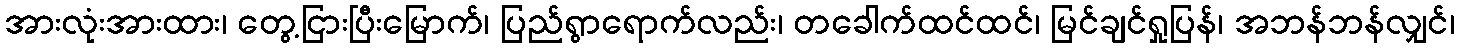
အားလုံးအားထား၊ တွေ့ငြားပြီးမြောက်၊ ပြည်ရွာရောက်လည်း၊ တခေါက်ထင်ထင်၊ မြင်ချင်ရှုပြန်၊ အဘန်ဘန်လျှင်၊